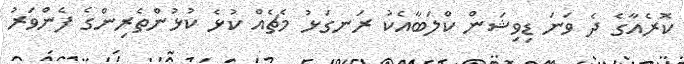
ކޮރެއާގެ ދެ ވަނަ ޑިވިޝަން ކްލަބާއެކު ރަނގަޅު މެޗެއް ކުޅެ ކުޅުންތެރިންގެ ފެންވަރު